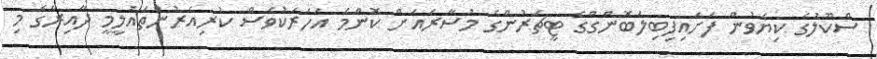
ސްކޫލުގެ ކިޔެވުން ފަށައިފިބިލަބޮންގްގެ ޓީޗަރުންގެ މުސާރައަށް ކޮންމެ އަހަރަކުވެސް ކުރިއެރުންތައުލީމީ ދާއިރާގެ މި